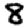
Digit: 8